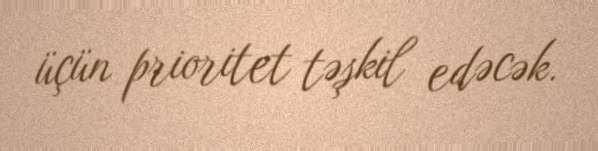
üçün prioritet təşkil edəcək.